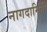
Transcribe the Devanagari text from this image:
नागदामिनी